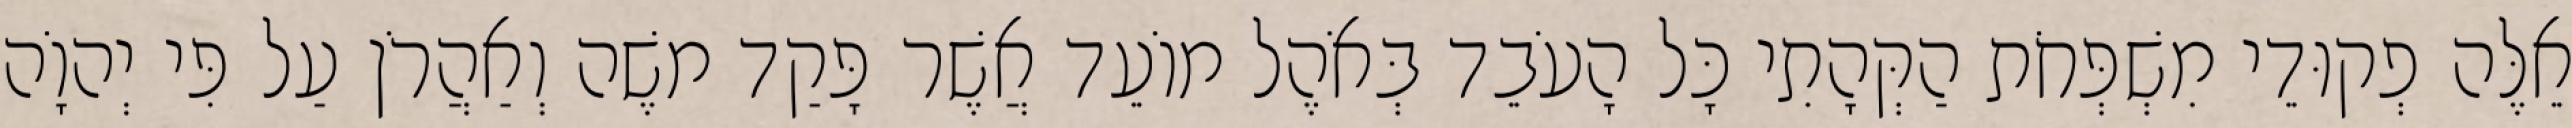
אֵלֶּה פְקוּדֵי מִשְׁפְּחֹת הַקְּהָתִי כָּל הָעֹבֵד בְּאֹהֶל מוֹעֵד אֲשֶׁר פָּקַד משֶׁה וְאַהֲרֹן עַל פִּי יְהוָֹה